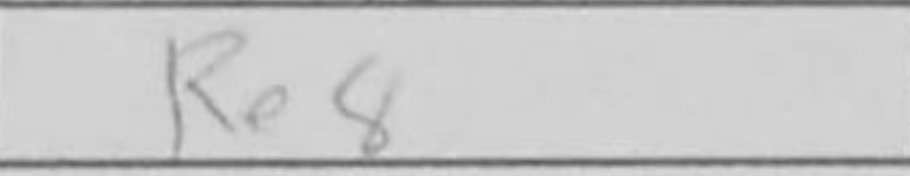
Transcription: Re8